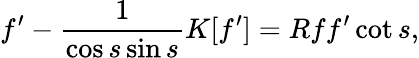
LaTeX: f^{\prime}-\frac{1}{\cos s\sin s}K[f^{\prime}]=Rff^{\prime}\cot s,